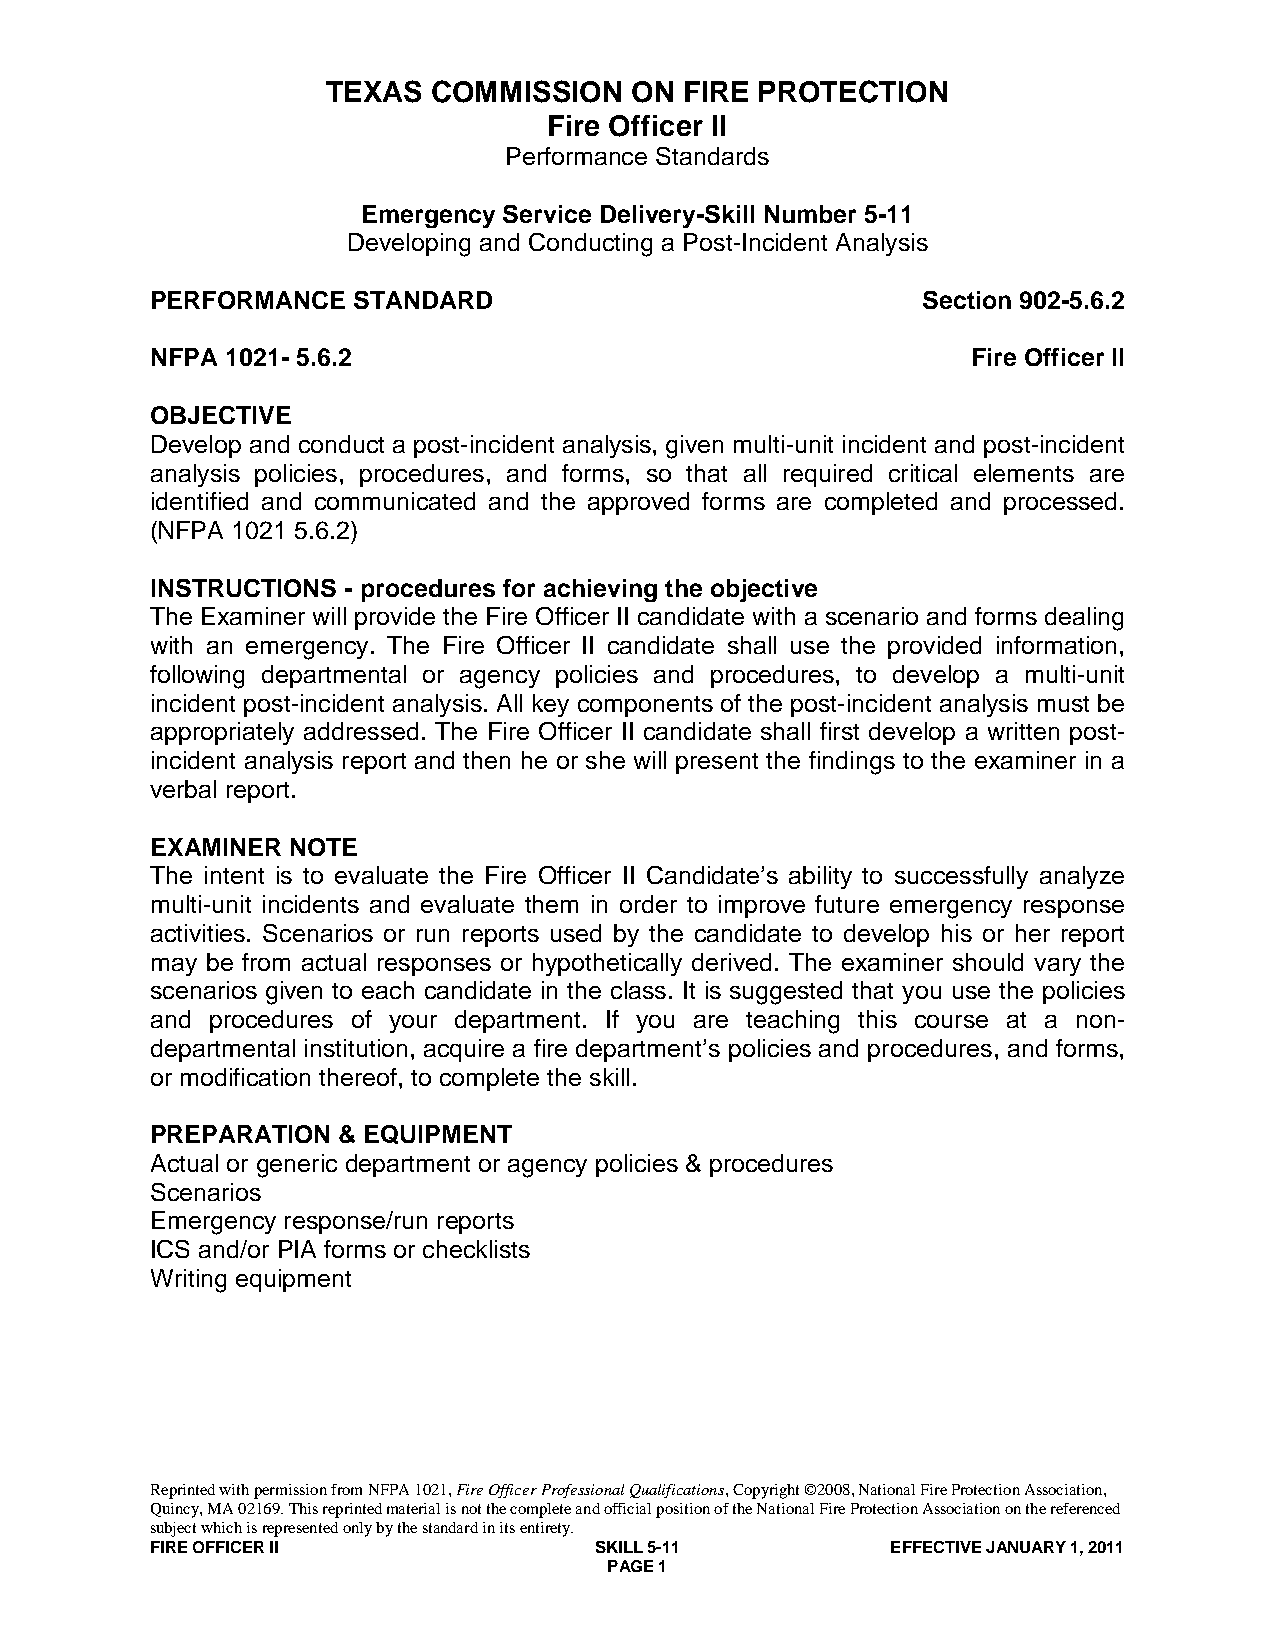
TEXAS  COMMISSION   ON FIRE PROTECTION
 Fire Officer II
 Performance Standards
 Emergency Service Delivery-Skill Number 5-11
 Developing and Conducting a Post-Incident Analysis
 PERFORMANCE  STANDARD                              Section 902-5.6.2
 NFPA 1021- 5.6.2                                      Fire Officer II
 OBJECTIVE
 Develop and conduct a post-incident analysis, given multi-unit incident and post-incident
 analysis policies, procedures, and forms, so that all required critical elements are
 identified and communicated and the approved forms are completed and processed.
 (NFPA 1021 5.6.2)
 INSTRUCTIONS - procedures for achieving the objective
 The Examiner will provide the Fire Officer II candidate with a scenario and forms dealing
 with an emergency. The Fire Officer II candidate shall use the provided information,
 following departmental or agency policies and procedures, to develop a multi-unit
 incident post-incident analysis. All key components of the post-incident analysis must be
 appropriately addressed. The Fire Officer II candidate shall first develop a written post-
 incident analysis report and then he or she will present the findings to the examiner in a
 verbal report.
 EXAMINER NOTE
 The intent is to evaluate the Fire Officer II Candidate’s ability to successfully analyze
 multi-unit incidents and evaluate them in order to improve future emergency response
 activities. Scenarios or run reports used by the candidate to develop his or her report
 may be from actual responses or hypothetically derived. The examiner should vary the
 scenarios given to each candidate in the class. It is suggested that you use the policies
 and procedures of your department. If you are teaching this course at a non-
 departmental institution, acquire a fire department’s policies and procedures, and forms,
 or modification thereof, to complete the skill.
 PREPARATION & EQUIPMENT
 Actual or generic department or agency policies & procedures
 Scenarios
 Emergency response/run reports
 ICS and/or PIA forms or checklists
 Writing equipment
 Reprinted with permission from NFPA 1021, Fire Officer Professional Qualifications, Copyright ©2008, National Fire Protection Association,
 Quincy, MA 02169. This reprinted material is not the complete and official position of the National Fire Protection Association on the referenced
 subject which is represented only by the standard in its entirety.
 FIRE OFFICER II              SKILL 5-11          EFFECTIVE JANUARY 1, 2011
 PAGE 1